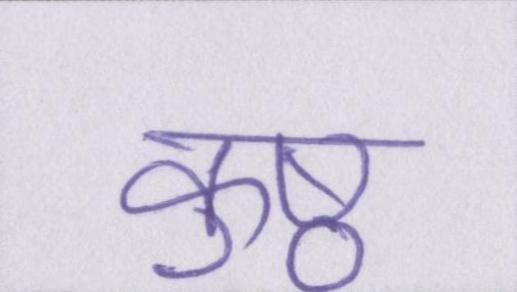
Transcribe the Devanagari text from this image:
कुष्ठ